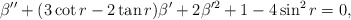
\begin{align*}\beta''+(3\cot r-2\tan r)\beta'+2 \beta'^2+1-4\sin^2r=0,\end{align*}